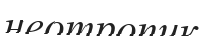
неотропик